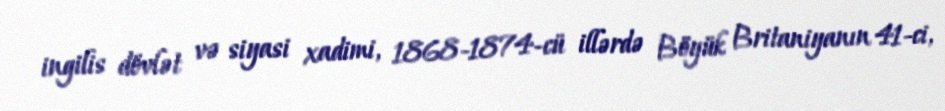
ingilis dövlət və siyasi xadimi, 1868-1874-cü illərdə Böyük Britaniyanın 41-ci,